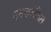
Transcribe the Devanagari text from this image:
यमकरंजित